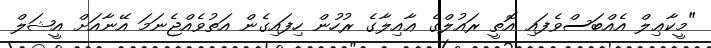
"މީކާޢިލް އެއްބަސްވެފައި އޮތީ ރައުލްގެ ޢާއިލާގެ ރުހުން ހިފައިގެން އަތުވެއްޖެނަމަ އޭނާއަށް އީޝަލް